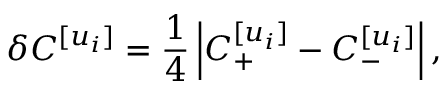
\delta C ^ { [ u _ { i } ] } = \frac { 1 } { 4 } \left| C _ { + } ^ { [ u _ { i } ] } - C _ { - } ^ { [ u _ { i } ] } \right| ,